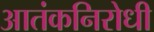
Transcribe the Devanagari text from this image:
आतंकनिरोधी